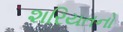
શરિયતનો